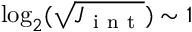
\log _ { 2 } ( \sqrt { J _ { \mathrm { ~ i ~ n ~ t ~ } } } ) \sim 1